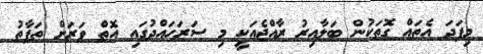
މިފަދަ އެތައް ގޮތަކުން ބަލާއިރު ރާއްޖެއަކީ މި ސަރަހައްދުގައި އޮތް ވަރަށް ތަފާތު